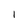
Character: 1